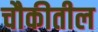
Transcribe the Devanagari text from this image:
चौकीतील